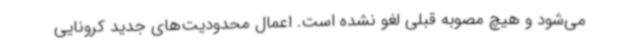
می‌شود و هیچ مصوبه قبلی لغو نشده است‌. اعمال محدودیت‌های جدید کرونایی